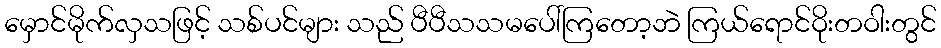
မှောင်မိုက်လှသဖြင့် သစ်ပင်များ သည် ပီပီသသမပေါ်ကြတော့ဘဲ ကြယ်ရောင်ဝိုးတဝါးတွင်